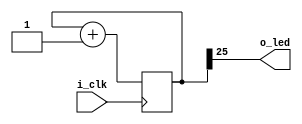
`default_nettype none

module blinky
(
    input wire i_clk,
    output wire o_led
);

reg [25:0] counter;
always @ (posedge i_clk) 
    counter <= counter + 26'b1;

assign o_led = counter[25];

`ifdef FORMAL
    reg f_past_valid;
    initial f_past_valid = 1'b0;
    always @ (posedge i_clk) f_past_valid <= 1'b1;

    always @ (posedge i_clk) 
        if (f_past_valid)
            assert(counter == $past(counter) + 26'b1);

    always @ (*)
        assert(o_led == counter[25]);
`endif

endmodule